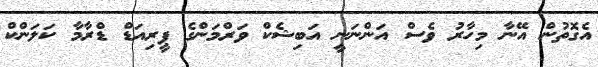
އެގޮތުން އޭނާ މިހާރު ވެސް އަންނަނީ އަބިޝެކް ވަރްމަންގެ ޕީރިއަޑް ޑްރާމާ ކަލަންކް